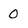
Character: 0